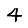
Digit: 4